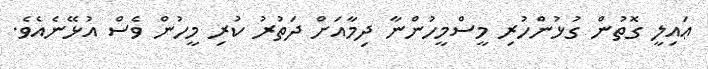
ޢައިލީ ގޮތުން ގުޅުންހުރި މީސްމީހުންނާ ދިމާއަށް ދަތުރު ކުރި މީހުން ވެސް އުޅޭނެއެވެ.